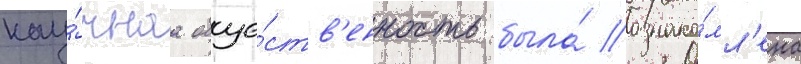
нау́чнаа обще́ств'енность была́ ознако́мл'ена